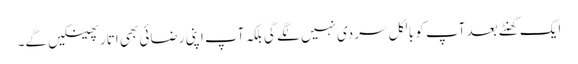
ایک گھنٹے بعد آپ کو بالکل سردی نہیں لگے گی بلکہ آپ اپنی رضائی بھی اتار پھینکیں گے۔